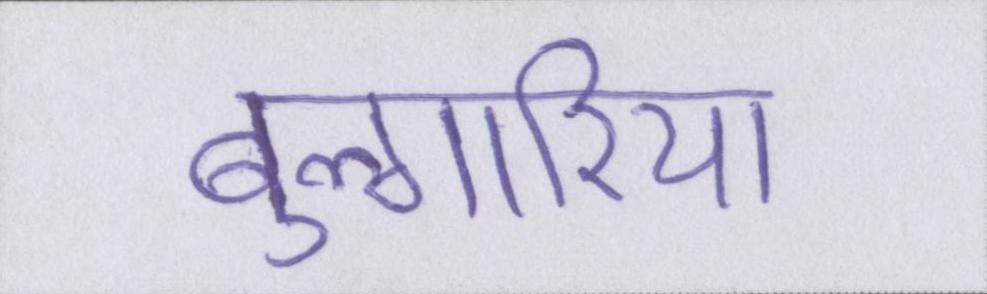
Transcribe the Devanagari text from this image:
बुल्गारिया